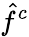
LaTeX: {\hat{f}}^{c}